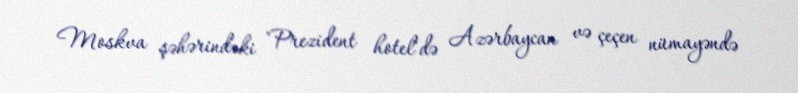
Moskva şəhərindəki "Prezident hotel"də Azərbaycan və çeçen nümayəndə